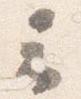
云